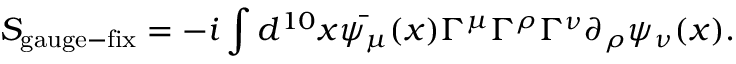
S _ { \mathrm { g a u g e - f i x } } = - i \int d ^ { 1 0 } x \bar { \psi _ { \mu } } ( x ) \Gamma ^ { \mu } \Gamma ^ { \rho } \Gamma ^ { \nu } \partial _ { \rho } \psi _ { \nu } ( x ) .